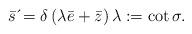
LaTeX: \begin{align*}\bar{s}\,\acute{}=\delta \left( \lambda \bar{e}+\bar{z}\right) \lambda:=\cot \sigma. \end{align*}